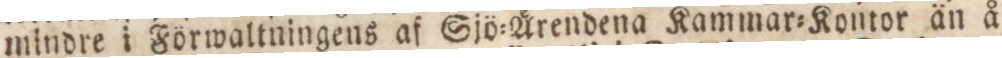
mindre i Förwaltningens af Sjö=Ärendena Kammar=Kontor än å